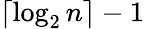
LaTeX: \lceil\log_{2}n\rceil-1